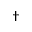
^ { \dag }